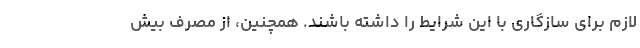
لازم برای سازگاری با این شرایط را داشته باشند. همچنین، از مصرف بیش